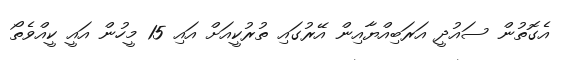
އެގޮތުން ސައުދީ އަރަބިއްޔާއިން އޭރުގައި ތުރުކީއަށް އައި 15 މީހުން އައީ ކީއްވެތޯ